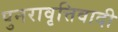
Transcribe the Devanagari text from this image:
पुनरावृत्तिवादी